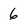
Character: 6